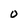
Character: O